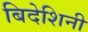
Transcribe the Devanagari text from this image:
बिदेशिनी